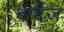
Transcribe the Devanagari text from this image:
बार्देज़